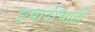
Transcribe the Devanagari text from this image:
इत्यादींचाही